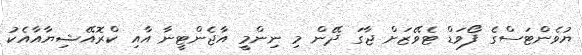
ޔުވެންޓަސްގެ ފޯވަޑް ޓެވޭޒަށް ޖާގަ ދޭން މި ނިންމީ އާޖެންޓީނާ އާއި ކްރޮއޭޝިޔާއާއެކު